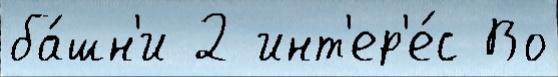
ба́шн'и 2 инт'ер'е́с Во